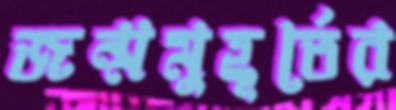
জন্মমুহূর্তের